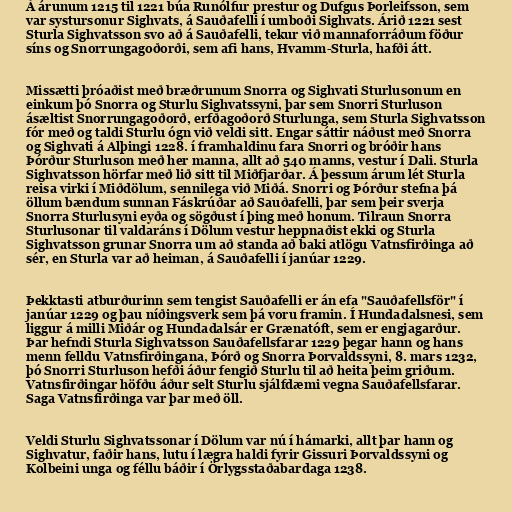
Á árunum 1215 til 1221 búa Runólfur prestur og Dufgus Þorleifsson, sem
var systursonur Sighvats, á Sauðafelli í umboði Sighvats. Árið 1221 sest
Sturla Sighvatsson svo að á Sauðafelli, tekur við mannaforráðum föður
síns og Snorrungagoðorði, sem afi hans, Hvamm-Sturla, hafði átt.

Missætti þróaðist með bræðrunum Snorra og Sighvati Sturlusonum en
einkum þó Snorra og Sturlu Sighvatssyni, þar sem Snorri Sturluson
ásæltist Snorrungagoðorð, erfðagoðorð Sturlunga, sem Sturla Sighvatsson
fór með og taldi Sturlu ógn við veldi sitt. Engar sáttir náðust með Snorra
og Sighvati á Alþingi 1228. í framhaldinu fara Snorri og bróðir hans
Þórður Sturluson með her manna, allt að 540 manns, vestur í Dali. Sturla
Sighvatsson hörfar með lið sitt til Miðfjarðar. Á þessum árum lét Sturla
reisa virki í Miðdölum, sennilega við Miðá. Snorri og Þórður stefna þá
öllum bændum sunnan Fáskrúðar að Sauðafelli, þar sem þeir sverja
Snorra Sturlusyni eyða og sögðust í þing með honum. Tilraun Snorra
Sturlusonar til valdaráns í Dölum vestur heppnaðist ekki og Sturla
Sighvatsson grunar Snorra um að standa að baki atlögu Vatnsfirðinga að
sér, en Sturla var að heiman, á Sauðafelli í janúar 1229.

Þekktasti atburðurinn sem tengist Sauðafelli er án efa "Sauðafellsför" í
janúar 1229 og þau níðingsverk sem þá voru framin. Í Hundadalsnesi, sem
liggur á milli Miðár og Hundadalsár er Grænatóft, sem er engjagarður.
Þar hefndi Sturla Sighvatsson Sauðafellsfarar 1229 þegar hann og hans
menn felldu Vatnsfirðingana, Þórð og Snorra Þorvaldssyni, 8. mars 1232,
þó Snorri Sturluson hefði áður fengið Sturlu til að heita þeim griðum.
Vatnsfirðingar höfðu áður selt Sturlu sjálfdæmi vegna Sauðafellsfarar.
Saga Vatnsfirðinga var þar með öll.

Veldi Sturlu Sighvatssonar í Dölum var nú í hámarki, allt þar hann og
Sighvatur, faðir hans, lutu í lægra haldi fyrir Gissuri Þorvaldssyni og
Kolbeini unga og féllu báðir í Örlygsstaðabardaga 1238.